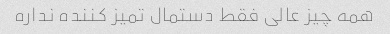
همه چیز عالی فقط دستمال تمیز کننده نداره